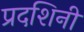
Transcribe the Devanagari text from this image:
प्रदशिनी